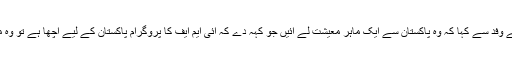
کہنے لگے کہ انہوں نے آئی ایم ایف کے وفد سے کہا کہ وہ پاکستان سے ایک ماہر معیشت لے آئیں جو کہہ دے کہ آئی ایم ایف کا پروگرام پاکستان کے لیے اچھا ہے تو وہ مان لیں گے‘ آئی ایم ایف کا وفد چپ رہا۔